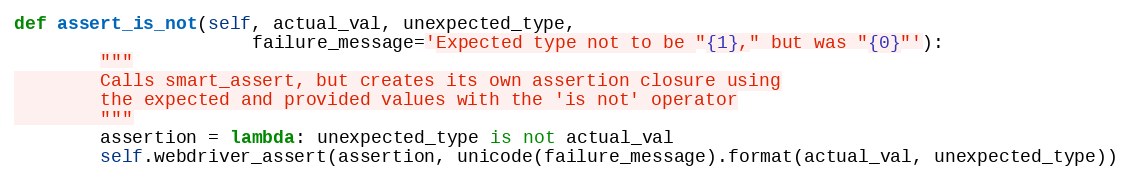
Language: Python
def assert_is_not(self, actual_val, unexpected_type,
                      failure_message='Expected type not to be "{1}," but was "{0}"'):
        """
        Calls smart_assert, but creates its own assertion closure using
        the expected and provided values with the 'is not' operator
        """
        assertion = lambda: unexpected_type is not actual_val
        self.webdriver_assert(assertion, unicode(failure_message).format(actual_val, unexpected_type))